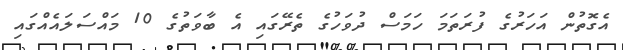
އެގޮތުން އަހަރުގެ ފުރަތަމަ ހަމަސް ދުވަހުގެ ތެރޭގައި އެ ބާވަތުގެ 10 މައްސަލައެއްގައި